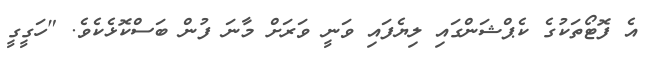
އެ ފޮޓޯތަކުގެ ކެޕްޝަންގައި ލިޔެފައި ވަނީ ވަރަށް މާނަ ފުން ބަސްކޮޅެކެވެ. "ހަގީގީ